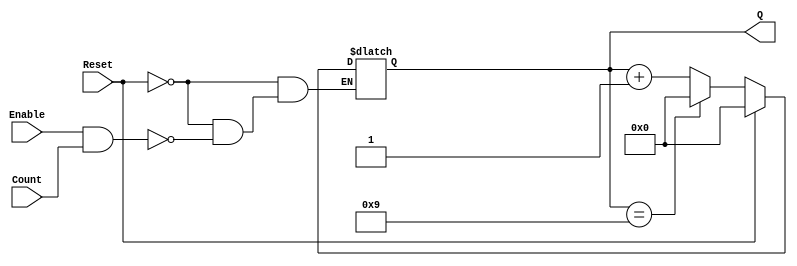
module decade_counter (
    input wire Reset,      // Asynchronous reset signal (active high)
    input wire Enable,     // Enable signal for counting
    input wire Count,      // Input signal to trigger counting (e.g., button press)
    output reg [3:0] Q     // 4-bit output representing the current count
);

// Asynchronous reset and counting logic
always @(*) begin
    if (Reset) begin
        Q = 4'b0000; // Reset the counter to 0000
    end else if (Enable && Count) begin
        if (Q == 4'b1001) begin
            Q = 4'b0000; // Reset to 0000 after reaching 1001
        end else begin
            Q = Q + 1; // Increment the counter
        end
    end
end

endmodule